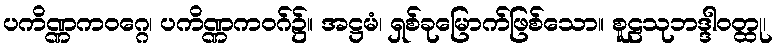
ပကိဏ္ဏကဝဂ္ဂေ၊ ပကိဏ္ဏကဝဂ်၌။ အဋ္ဌမံ၊ ရှစ်ခုမြောက်ဖြစ်သော။ စူဠသုဘဒ္ဒါဝတ္ထု၊